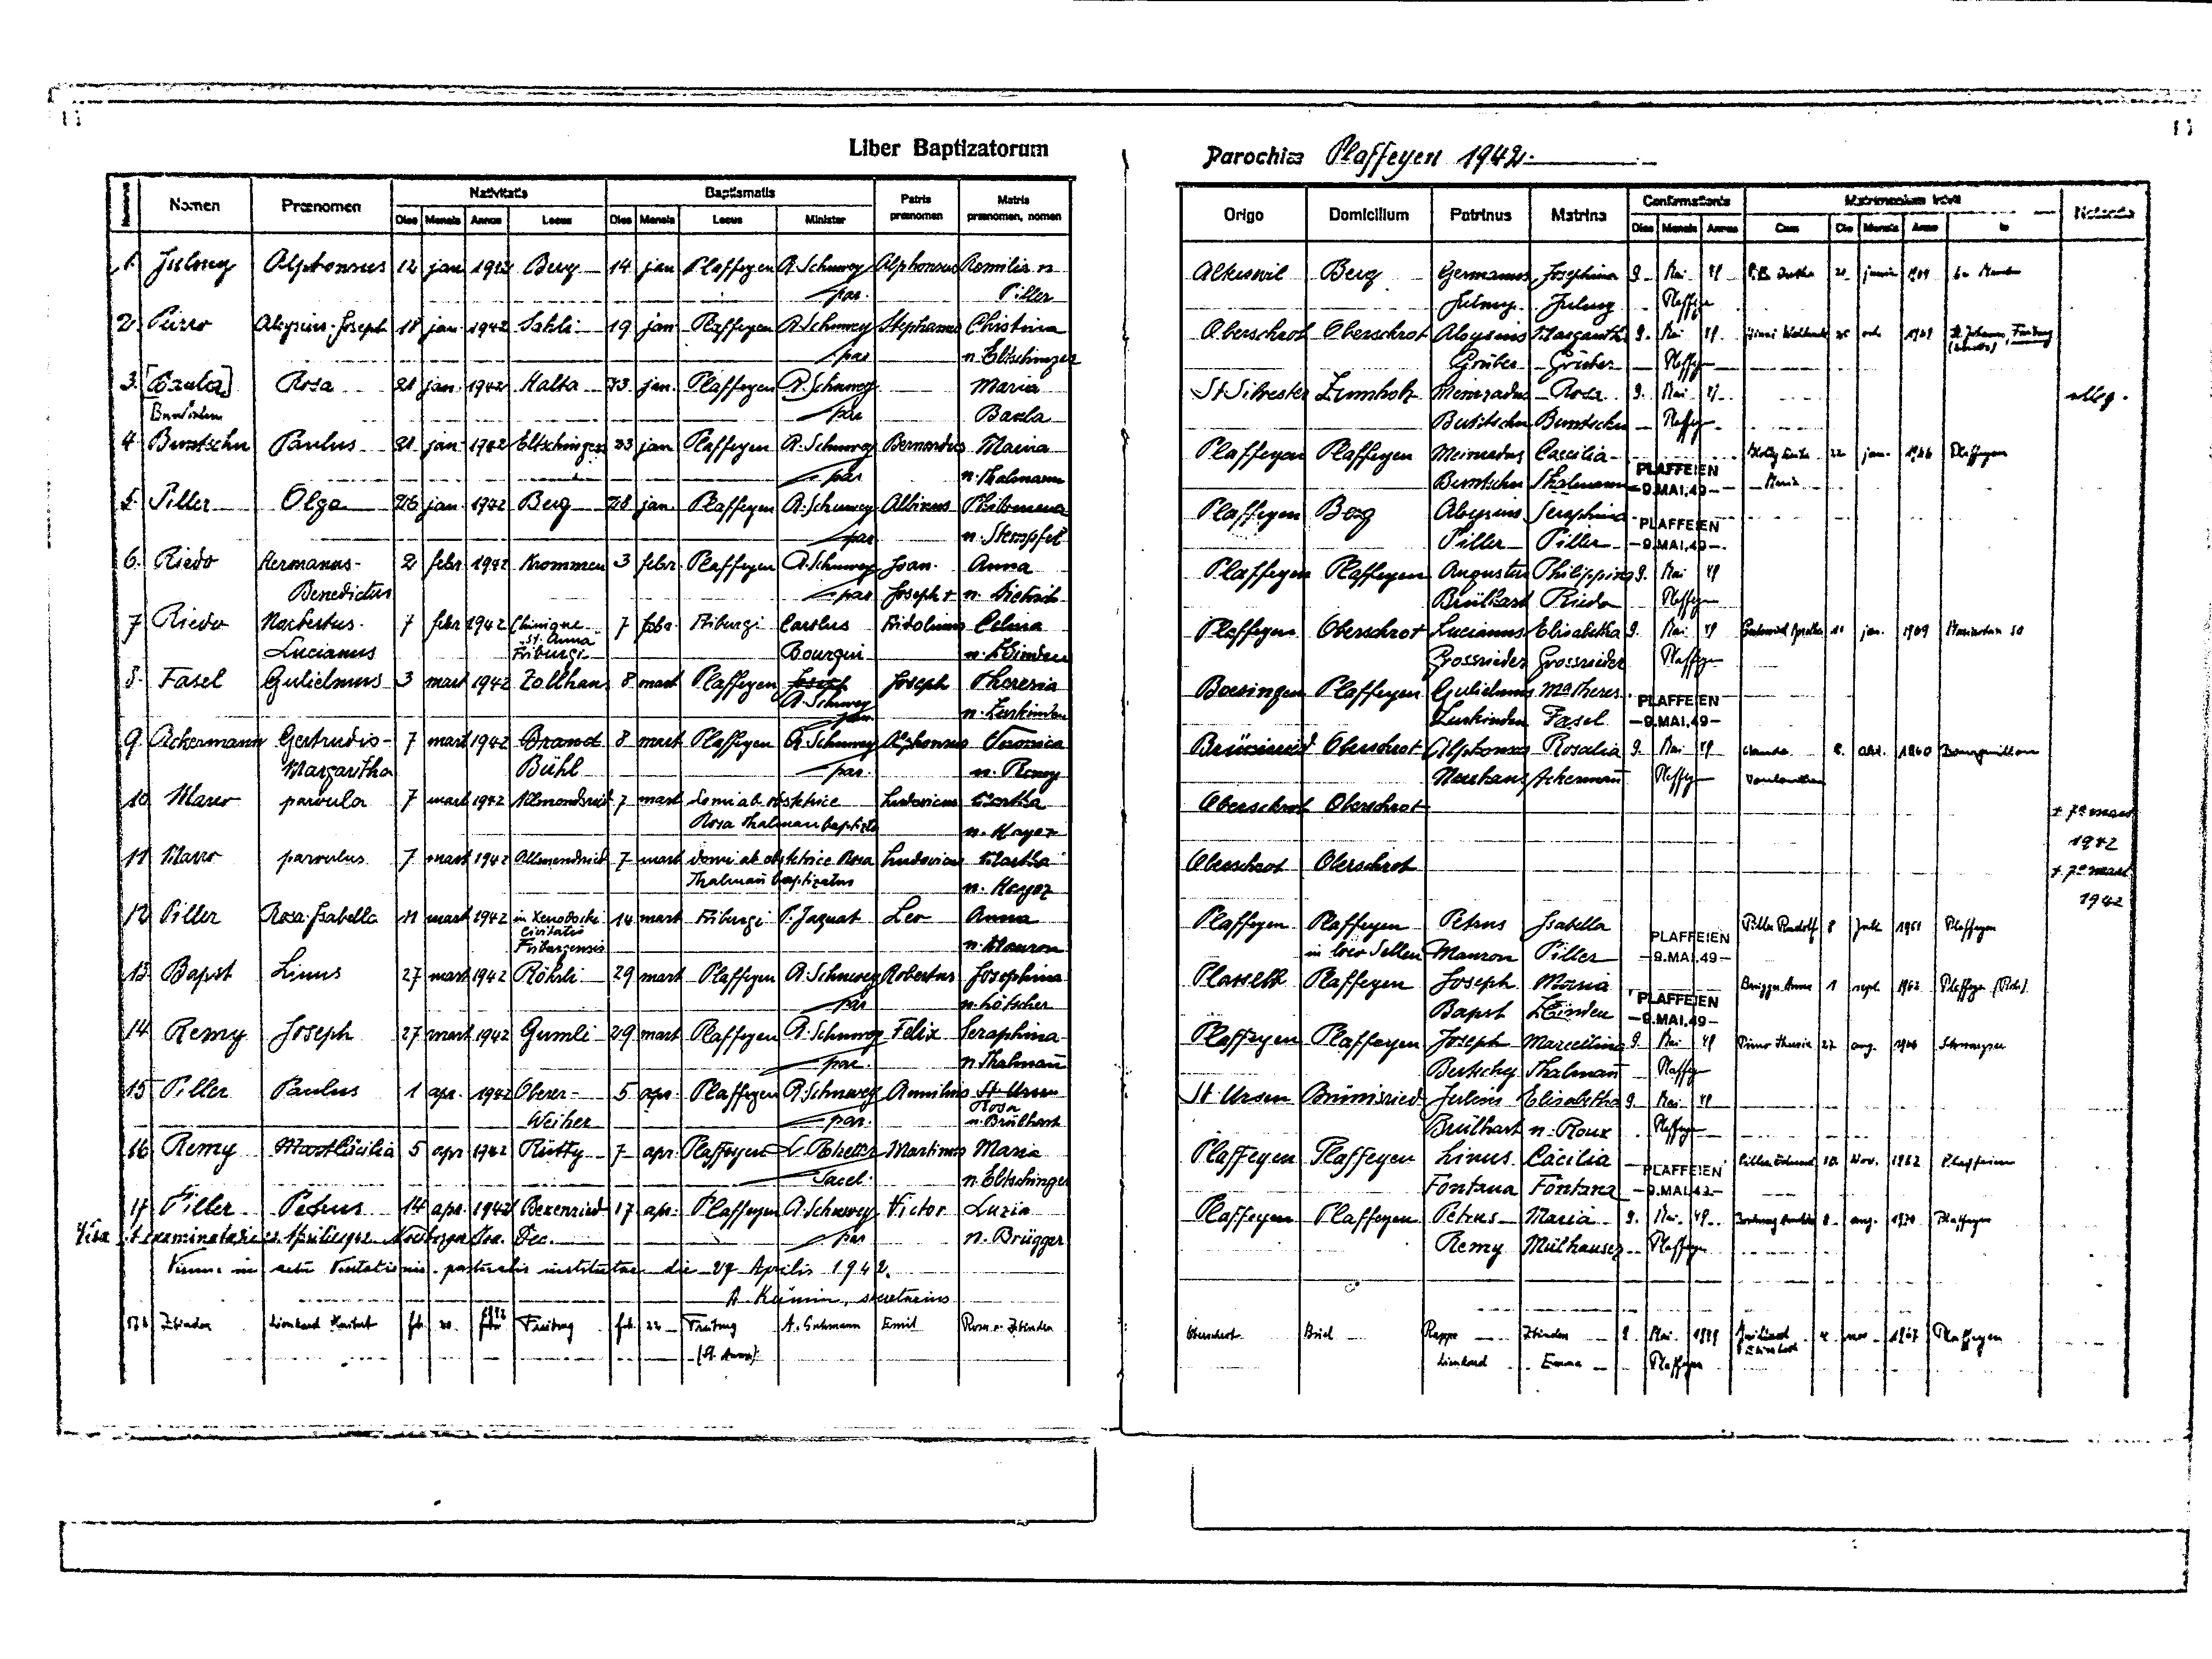
14
Liber Baptizatorum
Parochiae Plaffeyen 1942
Nativitatis
Baptismatis
Patris
Matris
Matrimonium inivit
Confirmationis
Nomen
Praenomen
Notanda
in
praenomen praenomen, nomen
Minister
Dies Mensis Locus
Dies Mensis Annus
Orio Domicilium Patrinus Matrina Dies Mensis Annus Cum
Locus
Dies Mensis Anno
1 Julmy Alphonsus 12 jan. 1942 Berg 14 jan. Plaffeyen A. Schuwey Alphonsus Aemilia n
Germanus Josephina 9 Mai 49 Piller Bertha 21 juni 1964 Les Marches
Alteswil Berg
par.
Piller
Plaffeyen
Julmy Julmy
2. Pürro
Aloysius-Joseph 18 jan. 1942 Sahli 19 jan. Plaffeyen A. Schuwey Stephanus Christina
Oberschrot Oberschrot Aloysius Margaritha 9 Mai 49 Hinni Waltraut 21 oct. 1969
St. Johann, Freiburg
(-----)
par
n. Eltschinger
Gruber Gruber Plafeyen
3. [Baula] Rosa 21 jan. 1942 Halta 23 jan. Plaffeyen A. Schuwey Maria
St. Silvester Zumholz Meinradus Rosa 9 Mai 49
illeg.
Buntschu
par
Baula
Buntschu Buntschu Plaffeyen
4 Buntschu Paulus 21 jan. 1942 Eltschingera 23 jan Plaffeyen A. Schuwey Bernardus Maria
Kolly Erika 22 jan. 1966 Plaffeyen
Plaffeyen Plaffeyen Meinardus Caecilia
PLAFFEIEN
par.
n. Thalmann
Buntschu Thalmann -9.MAI.49- Maria
5 Piller Olga 26 jan. 1942 Berg 28 jan. Plaffeyen A. Schuwey Albinus Philomena
Plaffeyen Berg Aloysius Seraphina PLAFFEIEN
par
n. Stempfel
Piller Piller -9.MAI.49-
6. Riedo Hermanus- 2 febr. 1942 Krommen 3 febr. Plaffeyen A. Schuwey Joan. Anna
Plaffeyen Plaffeyen Augustus Philippina 9. Mai 49
Benedictus
par Joseph † n. Dietrich
Brülhart Riedo Plaffeyen
7 Riedo Norbertus
7 febr. 1942 Clinique
7 febr Friburgi Carolus Fridolinus Celina
Gnhlnied Grublie 18 jun 1969 Boachern SO
Plaffeyen Oberschrot Lucianus Elisabetha 9 Mai 49
St. Anna
Friburgi
Lucianus
Bourqui
n. Zbinden
Grossrieder Grossrieder Plaffeyen
8. Fasel Gulielmus 3 mart 1942 Zollhaus 8 mart Plaffeyen Joseph Joseph Theresia
Boesingen Plaffeyen Gulielmus Ma Theres PLAFFEIEN
A. Schuwey
n. Zurkinden
par
Zurkinden Fasel -9.MAI.49-
9. Ackermann Gertrudis- 7 mart 1942 Brand 8 mart. Plaffeyen A. Schuwey Alphonsus Veronica
Brünisried Oberschrot Alphonsus Rosalia 9 Mai 49 Claude
8 oct. 1960 Bouguillon
Bühl
Margaritha
par.
n. Remy
Neuhaus Ackerman Plaffeyen
Vonlanthen
10 Marro parvula 7 mart 1942 Almendsried 7 mart domi ab ostetrice Ludovicus Martha
Oberschrot Oberschrot
† 7-mart
Rosa-Thalman baptiszatus
n. Hayoz
1942
11 Marro parvulus 7 mart 1942 Allmendsried 7 mart domi ab obstetrice Rosa Ludovicus Martha
† 7-mart
Oberschrot Oberschrot
Thalman baptizatus
n. Hayoz
1942
12 Piller
Rosa-Isabella 27 mart. 1942 in Xenodochi 14 mart Friburgi P. Jaquat Leo Anna
Piller Rudolf 8 juli 1961
Plaffeyen Plaffeyen Petrus Isabella PLAFFEIEN
Plaffeyen
Civitatis
n. Mauron
Friburgensis
in Loco Sellen Mauron Piller -9.MAl.49-
13 Bapst Linus 27 mart 1942 Röhrli 29 mart Plaffeyen A. Schuwey Robertus Josephina
Brügger Anna 1 sept. 1962
Plasselb Plaffeyen Joseph Maria PLAFFEIEN
Plaffeyen (Rohr)
n. Lötscher
par.
Bapst Zbinden -9.MAI.49-
14 Remy Joseph 27 mart 1942 Gumli 29 mart Plaffeyen A. Schuwey Felix Seraphina
Plaffeyen Plaffeyen Joseph Marcelina 9 Mai 1949 Pürro Theresia 27 aug. 1966 Schwarzsee
n. Thalmann
par.
Plaffeyen
Bertschy Thalmann
15 Piller Paulus 1 apr. 1942 Oberer - 5 apr Plaffeyen A. Schuwey Aemilius St. Ursen
St. Ursen Brünisried Julius Elisabetha 9 Mai 49
Rosa
n. Brülhart
par.
Weiher
Plaffeyen
Brülhard n. Roux
16 Remy MartCäcilia 5 apr. 1942 Rütty 7 apr Plaffeyen L. Rotzetter Martinus Maria
Plaffeyen Plaffeyen Linus Cäcilia PLAFFEIEN Piller Eduard 10 Nov. 1962 Plaffeien
sacel.
n. Eltschinger
Fontana Fontana -9.MAI.49-
17 Piller Petrus 14 apr. 1942 Bexenried 17 apr Plaffeyen A. Schuwey Victor Lucia
Plaffeyen Plaffeyen Petrus Maria 9 Mai 49 Boschung Manrotn 8 aug. 1970 Plaffeyen
Visa et examinata die 22. Aprilis 1942. Noesberger ---. Dec.
par n. Brügger
Remy Mülhauser Plaffeyen
Visum: in ---- Visitationis pastoralis institutae die 27. Aprilis 1942
A. Kumin, secretarius
176 Zbinde Lienhard Heribert feb 20 febr Freiburg feb. 22 Freiburg A. Buhmann Emil Rosa n. Zbinden
1942
Oberschrot Büel
Rappo Zbinden 9 Mai 1949 Guillard
4 nov. 1967 Plaffeyen
Elisabeth
(St. Brost)
Lienhard Emma Plaffeyen